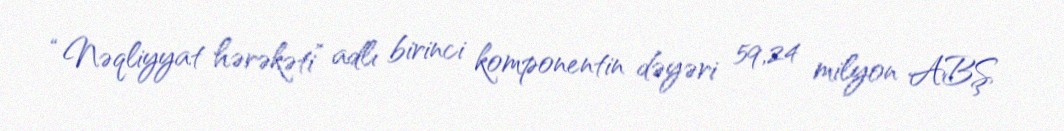
“Nəqliyyat hərəkəti” adlı birinci komponentin dəyəri 59,24 milyon ABŞ